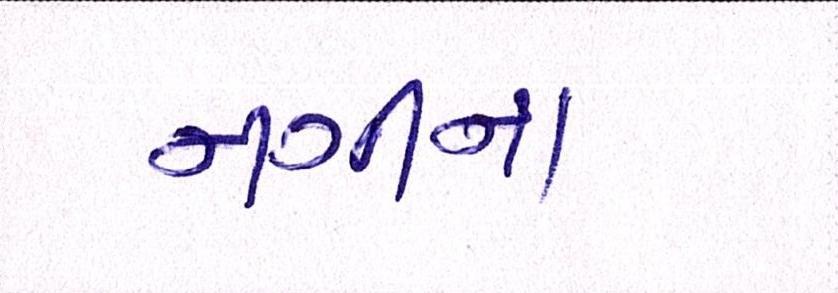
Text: નગીના